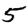
Digit: 5